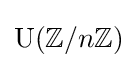
\mathrm {U} (\mathbb {Z} /n\mathbb {Z} )